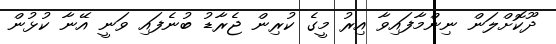
ދޫކޮށްލަން ނިންމާފައިވާ އިރު މީގެ ކުރިން ޖެރާޑު ބުނެފައި ވަނީ އޭނާ ކުޅުން